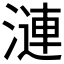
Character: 漣